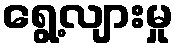
ရွေ့လျားမှု